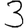
Digit: 3